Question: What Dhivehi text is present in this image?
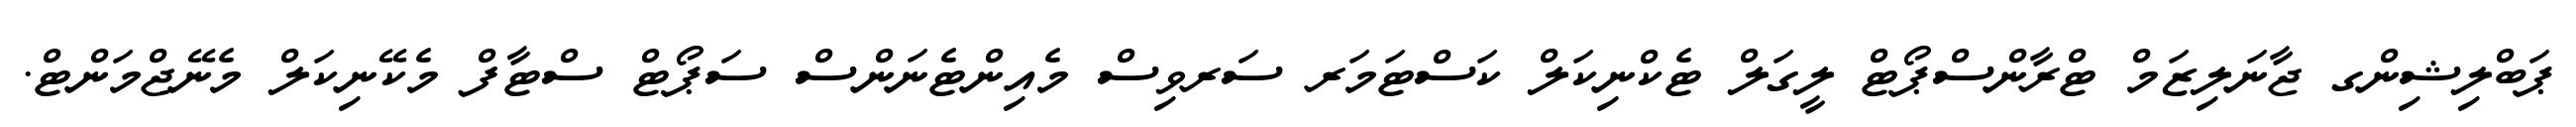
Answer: ޕަބްލިޝިންގ ޖާނަލިޒަމް ޓްރާންސްޕޯޓް ލީގަލް ޓެކްނިކަލް ކަސްޓަމަރ ސަރވިސް މެއިންޓެނަންސް ސަޕޯޓް ސްޓާފް މެކޭނިކަލް މެނޭޖްމަންޓް.